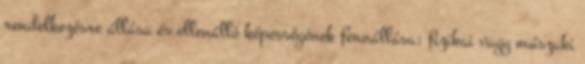
rendelkezésre állása és ellenálló képességének fennállása; fizikai vagy műszaki